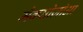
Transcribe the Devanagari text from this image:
मैक्सोज़ोआ